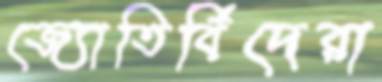
জ্যোতির্বিদেরা